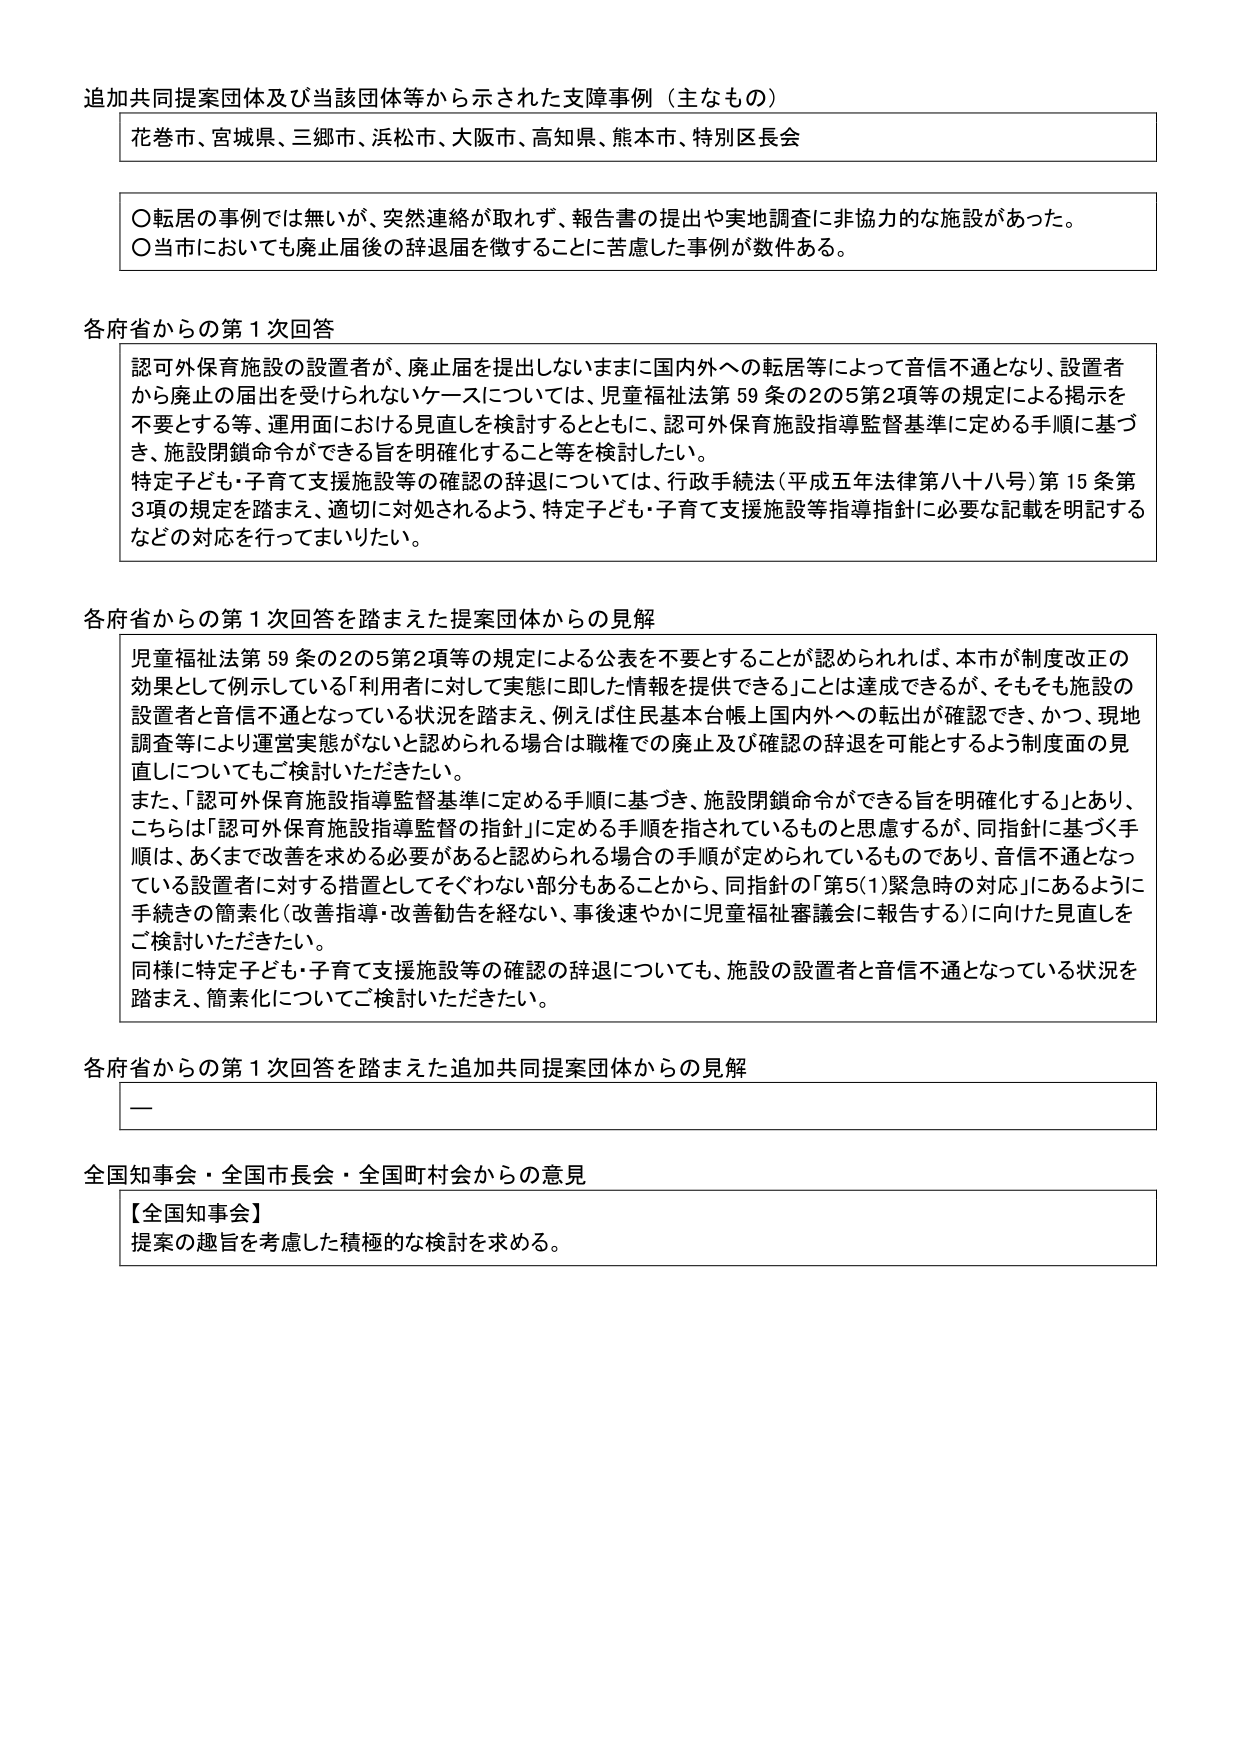
追加共同提案団体及び当該団体等から示された支障事例（主なもの）

花巻市、宮城県、三郷市、浜松市、大阪市、高知県、熊本市、特別区長会

○転居の事例では無いが、突然連絡が取れず、報告書の提出や実地調査に非協力的な施設があった。
○当市においても廃止届後の辞退届を済すことに苦慮した事例が数件ある。

各府省からの第1次回答

認可外保育施設の設置者が、廃止届を提出しないままに国内外への転居等によって音信不通となり、設置者から廃止の届出を受けられないケースについては、児童福祉法第59条の2の5第2項等の規定による掲示を不要とする等、運用面における見直しを検討するとともに、認可外保育施設指導監督基準に定める手順に基づき、施設閉鎖命令ができる旨を明確化すること等を検討したい。
特定子ども・子育て支援施設等の確認の辞退については、行政手続法（平成五年法律第八十八号）第15条第3項の規定を踏まえ、適切に対処されるよう、特定子ども・子育て支援施設等指導指針に必要な記載を明記するなどの対応を行ってまいりたい。

各府省からの第1次回答を踏まえた提案団体からの見解

児童福祉法第59条の2の5第2項等の規定による公表を不要とすることが認められれば、本市が制度改正の効果として例示している「利用者に対して実態に即した情報を提供できること」は達成できるが、そもそも施設の設置者と音信不通となっている状況を踏まえ、例えば住民基本台帳上国内外への転出が確認でき、かつ、現地調査等により運営実態がないと認められる場合は職権での廃止及び確認の辞退を可能とするよう制度面の見直しについてもご検討いただきたい。
また、「認可外保育施設指導監督基準に定める手順に基づき、施設閉鎖命令ができる旨を明確化する」とあり、こちらは「認可外保育施設指導監督の指針」に定める手順が指されているものと思慮するが、同指針に基づく手順は、あくまで改善を求める必要があると認められる場合の手順が定められているものであり、音信不通となっている設置者に対する措置としてそぐわない部分もあることから、同指針の「第5(1)緊急時の対応」にあるように手続の簡素化（改善指導・改善勧告を経ない、事後速やかに児童福祉審議会に報告する）に向けた見直しをご検討いただきたい。
同様に特定子ども・子育て支援施設等の確認の辞退についても、施設の設置者と音信不通となっている状況を踏まえ、簡素化についてご検討いただきたい。

各府省からの第1次回答を踏まえた追加共同提案団体からの見解

—

全国知事会・全国市長会・全国町村会からの意見

【全国知事会】
提案の趣旨を考慮した積極的な検討を求める。